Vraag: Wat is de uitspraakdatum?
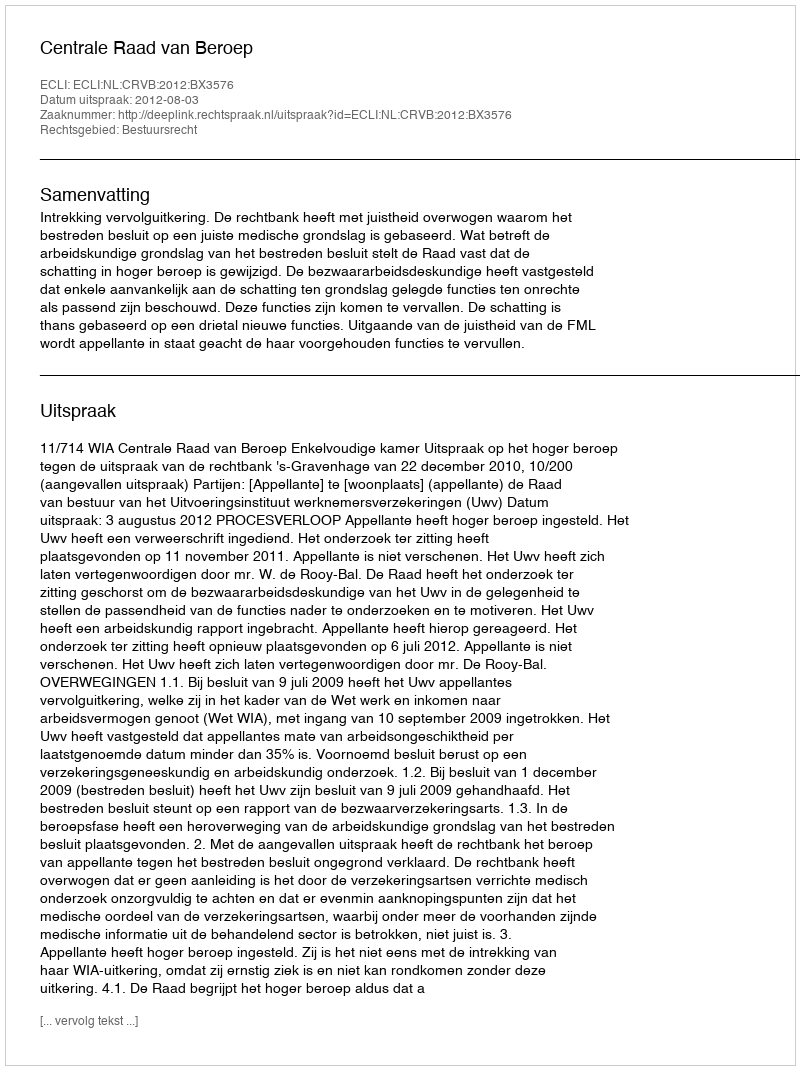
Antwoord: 2012-08-03